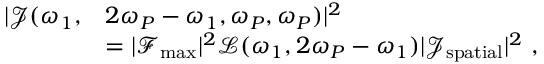
\begin{array} { r l } { | \mathcal { J } ( \omega _ { 1 } , } & { 2 \omega _ { P } - \omega _ { 1 } , \omega _ { P } , \omega _ { P } ) | ^ { 2 } } \\ & { = | \mathcal { F } _ { \mathrm { m a x } } | ^ { 2 } \mathcal { L } ( \omega _ { 1 } , 2 \omega _ { P } - \omega _ { 1 } ) | \mathcal { J } _ { \mathrm { s p a t i a l } } | ^ { 2 } \ , } \end{array}